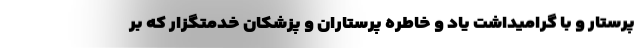
پرستار و با گرامیداشت یاد و خاطره پرستاران و پزشکان خدمتگزار که بر